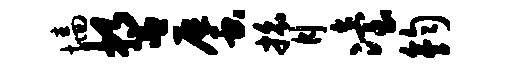
墙誓蜃膂冶钧